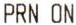
PRN ON